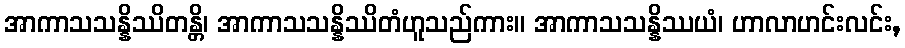
အာကာသသန္နိဿိတန္တိ၊ အာကာသသန္နိဿိတံဟူသည်ကား။ အာကာသသန္နိဿယံ၊ ဟာလာဟင်းလင်း,